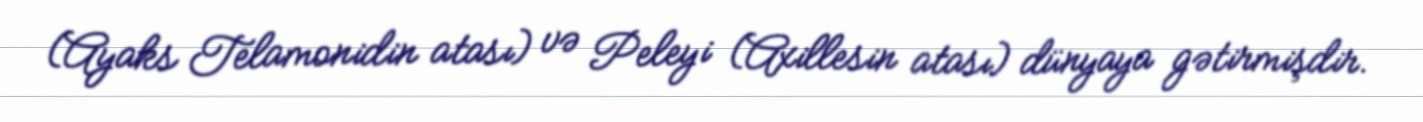
(Ayaks Telamonidin atası) və Peleyi (Axillesin atası) dünyaya gətirmişdir.